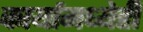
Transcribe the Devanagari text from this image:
कार्यामध्येही